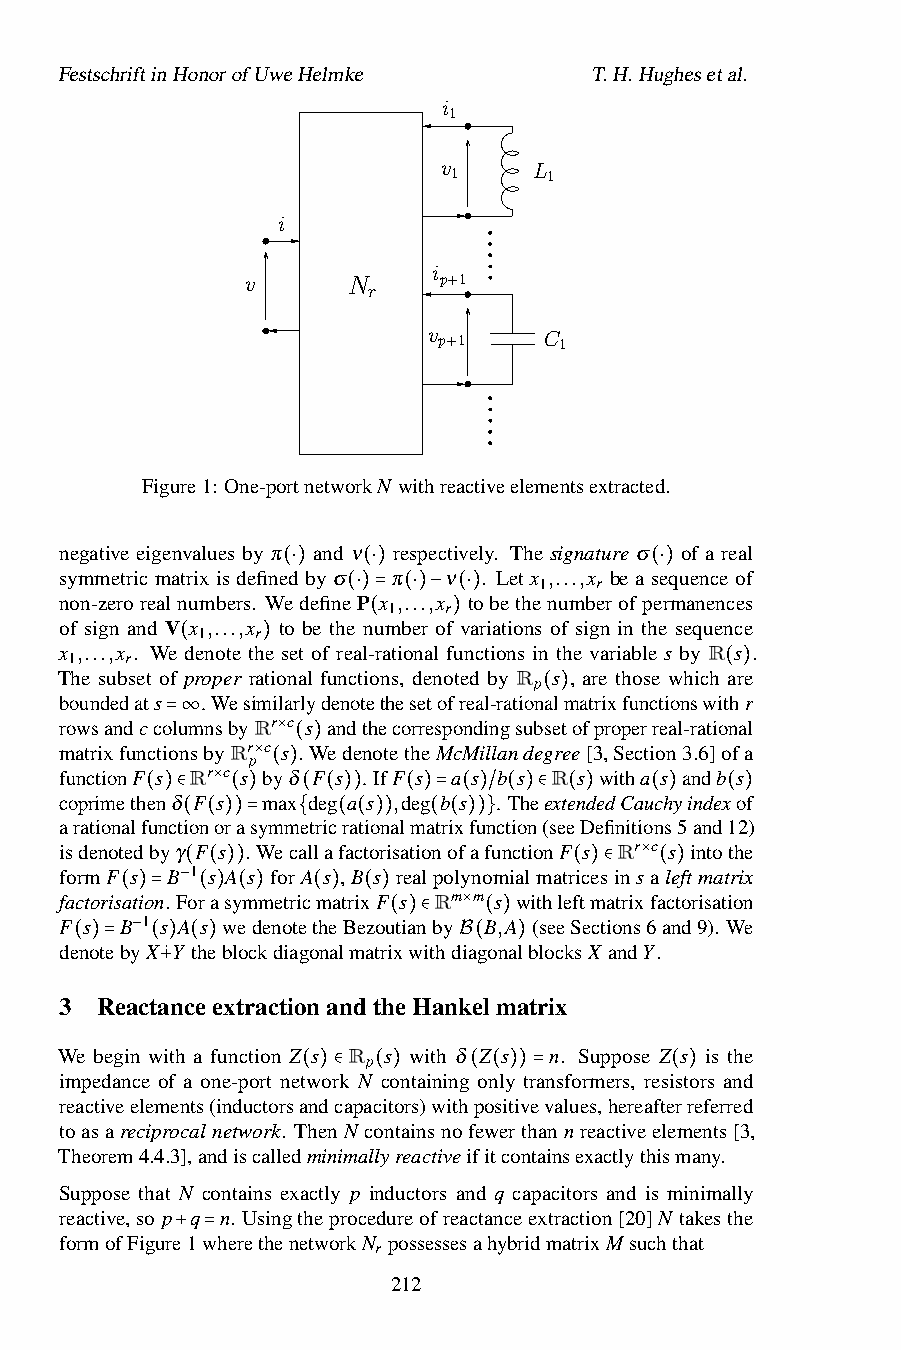
FestschriftinHonorofUweHelmke      T.H.Hughesetal.
 i
 1
 v     L
 1     1
 i
 i
 v      N     p+1
 r
 v       C
 p+1     1
 Figure1: One-portnetworkN withreactiveelementsextracted.
 negative eigenvalues by π and ν respectively. The signature σ of a real
 symmetricmatrixisdefinedbyσ π ν . Letx ,...,x beasequenceof
 1  r
 non-zerorealnumbers. W(e⋅)defineP(⋅)x ,...,x tobethenumberofp(e⋅r)manences
 1  r
 of sign and V x ,...,x to be the(⋅)nu=mb(e⋅)r−of(v⋅a)riations of sign in the sequence
 1   r
 x ,...,x . We denote the set of real-(rational f)unctions in the variable s by R s .
 1  r
 The subset of(proper ra)tional functions, denoted by R s , are those which are
 p
 boundedats . Wesimilarlydenotethesetofreal-rationalmatrixfunctionswit(h)r
 rowsandccolumnsbyRr c s andthecorrespondingsub(se)tofproperreal-rational
 matrixfuncti=on∞sbyRr
 p
 c ×s . WedenotetheMcMillandegree[3,Section3.6]ofa
 functionF s Rr c s ×byδ( F) s . IfF s a s b s R s witha s andb s
 coprimethenδ F ×s m(ax) deg a s ,deg b s . TheextendedCauchyindexof
 arationalf(un)c∈tionor(a)symme(tri(cr)a)tional(m)at=rix(fu)n/ct(io)n∈(see(D)efinitio(ns)5and(12))
 isdenotedbyγ(F(s)).=Wec{alla(fac(to)r)isatio(no(f)a)f}unctionF s Rr c s intothe
 formF s B 1 s A s forA s ,B s realpolynomialmatricesins ×aleftmatrix
 factorisation. F−(or(as)y)mmetricmatrixF s Rm m s withle(ft)m∈atrixfa(ct)orisation
 F s B( )1=s A (s )we(d)enotet(he)Be(zo)utianby × B,A (seeSections6and9). We
 denoteby−X˙Y theblockdiagonalmatri(x)w∈ithdiag(on)alblocksX andY.
 ( )= ( ) ( )             B(  )
 3 Reacta+nceextractionandtheHankelmatrix
 We begin with a function Z s R s with δ Z s n. Suppose Z s is the
 p
 impedance of a one-port network N containing only transformers, resistors and
 reactiveelements(inductorsa(nd)∈capac(it)ors)with(po(sit)i)ve=values,hereafte(rr)eferred
 toasareciprocalnetwork. ThenN containsnofewerthannreactiveelements[3,
 Theorem4.4.3],andiscalledminimallyreactiveifitcontainsexactlythismany.
 Suppose that N contains exactly p inductors and q capacitors and is minimally
 reactive,so p q n. Usingtheprocedureofreactanceextraction[20]N takesthe
 formofFigure1wherethenetworkN possessesahybridmatrixMsuchthat
 r
 + =
 212